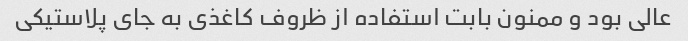
عالی بود و ممنون بابت استفاده از ظروف کاغذی به جای پلاستیکی